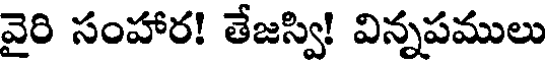
వైరి సంహార! తేజస్వి! విన్నపములు